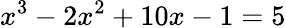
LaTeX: x^{3}-2x^{2}+10x-1=5